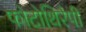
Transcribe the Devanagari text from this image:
फोटोथिरैपी